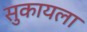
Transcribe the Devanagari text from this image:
सुकायला